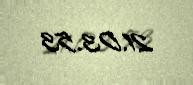
21.03.53